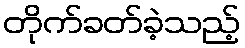
တိုက်ခတ်ခဲ့သည့်